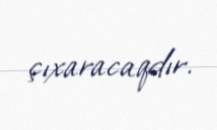
çıxaracaqdır.